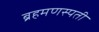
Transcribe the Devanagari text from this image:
ब्रहमणस्पती